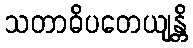
သတာဓိပတေယျန္တိ